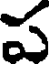
ప